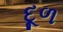
દૂળ